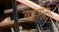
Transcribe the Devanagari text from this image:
वाहतांना